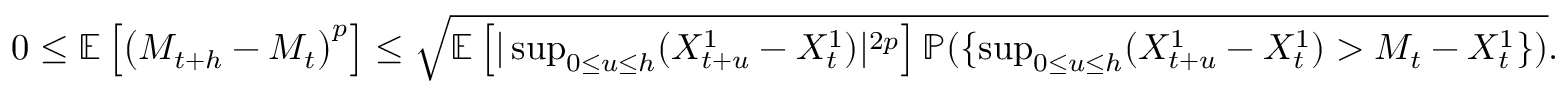
\begin{array} { r } { 0 \leq \mathbb { E } \left[ \left( M _ { t + h } - M _ { t } \right) ^ { p } \right] \leq \sqrt { \mathbb { E } \left[ | \operatorname* { s u p } _ { 0 \leq u \leq h } ( X _ { t + u } ^ { 1 } - X _ { t } ^ { 1 } ) | ^ { 2 p } \right] { \mathbb P } ( \{ \operatorname* { s u p } _ { 0 \leq u \leq h } ( X _ { t + u } ^ { 1 } - X _ { t } ^ { 1 } ) > M _ { t } - X _ { t } ^ { 1 } \} ) } . } \end{array}